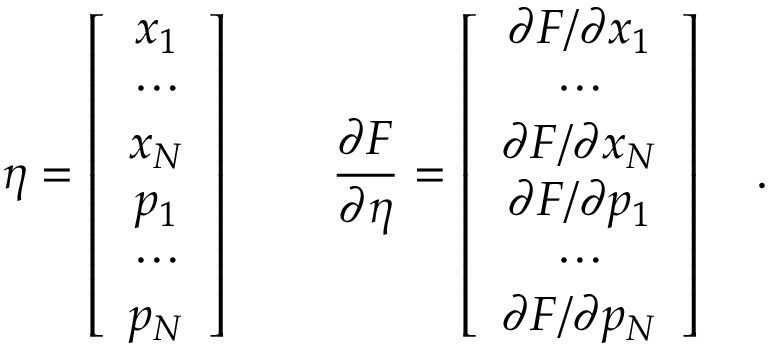
\eta = \left[ \begin{array} { c } { x _ { 1 } } \\ { \cdots } \\ { x _ { N } } \\ { p _ { 1 } } \\ { \cdots } \\ { p _ { N } } \end{array} \right] \quad \quad \frac { \partial F } { \partial \eta } = \left[ \begin{array} { c } { \partial F / \partial x _ { 1 } } \\ { \cdots } \\ { \partial F / \partial x _ { N } } \\ { \partial F / \partial p _ { 1 } } \\ { \cdots } \\ { \partial F / \partial p _ { N } } \end{array} \right] \quad .